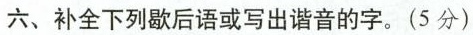
六、补全下列歇后语或写出谐音的字。(5分